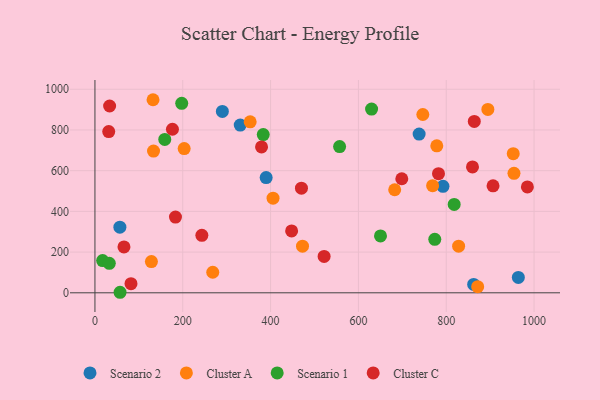
{"axis": {"x": "Speed", "y": "Fuel Efficiency"}, "legend": ["Cluster A", "Cluster C", "Scenario 1", "Scenario 2"], "data": [{"x": "738.3", "y": 779.9, "type": "Scenario 2"}, {"x": "792.6", "y": 523.0, "type": "Scenario 2"}, {"x": "389.9", "y": 566.3, "type": "Scenario 2"}, {"x": "290.2", "y": 890.9, "type": "Scenario 2"}, {"x": "862.5", "y": 41.0, "type": "Scenario 2"}, {"x": "964.2", "y": 75.5, "type": "Scenario 2"}, {"x": "56.8", "y": 322.5, "type": "Scenario 2"}, {"x": "330.9", "y": 824.0, "type": "Scenario 2"}, {"x": "128.6", "y": 153.5, "type": "Cluster A"}, {"x": "132.3", "y": 948.5, "type": "Cluster A"}, {"x": "952.6", "y": 683.7, "type": "Cluster A"}, {"x": "203.2", "y": 708.5, "type": "Cluster A"}, {"x": "828.2", "y": 228.9, "type": "Cluster A"}, {"x": "133.4", "y": 696.4, "type": "Cluster A"}, {"x": "871.6", "y": 29.9, "type": "Cluster A"}, {"x": "769.0", "y": 526.3, "type": "Cluster A"}, {"x": "405.6", "y": 465.1, "type": "Cluster A"}, {"x": "353.5", "y": 840.0, "type": "Cluster A"}, {"x": "746.7", "y": 875.8, "type": "Cluster A"}, {"x": "894.8", "y": 901.0, "type": "Cluster A"}, {"x": "954.3", "y": 586.9, "type": "Cluster A"}, {"x": "682.6", "y": 506.2, "type": "Cluster A"}, {"x": "778.5", "y": 722.0, "type": "Cluster A"}, {"x": "472.7", "y": 229.2, "type": "Cluster A"}, {"x": "268.3", "y": 100.9, "type": "Cluster A"}, {"x": "159.0", "y": 753.3, "type": "Scenario 1"}, {"x": "17.5", "y": 158.4, "type": "Scenario 1"}, {"x": "32.7", "y": 144.9, "type": "Scenario 1"}, {"x": "818.1", "y": 434.1, "type": "Scenario 1"}, {"x": "383.3", "y": 777.1, "type": "Scenario 1"}, {"x": "557.2", "y": 718.5, "type": "Scenario 1"}, {"x": "773.9", "y": 262.8, "type": "Scenario 1"}, {"x": "630.0", "y": 902.6, "type": "Scenario 1"}, {"x": "197.6", "y": 930.9, "type": "Scenario 1"}, {"x": "57.2", "y": 2.6, "type": "Scenario 1"}, {"x": "650.3", "y": 279.4, "type": "Scenario 1"}, {"x": "863.9", "y": 841.7, "type": "Cluster C"}, {"x": "521.9", "y": 178.5, "type": "Cluster C"}, {"x": "782.4", "y": 585.4, "type": "Cluster C"}, {"x": "33.4", "y": 917.6, "type": "Cluster C"}, {"x": "183.4", "y": 371.8, "type": "Cluster C"}, {"x": "470.3", "y": 514.2, "type": "Cluster C"}, {"x": "82.1", "y": 44.9, "type": "Cluster C"}, {"x": "984.8", "y": 520.3, "type": "Cluster C"}, {"x": "243.5", "y": 282.4, "type": "Cluster C"}, {"x": "906.6", "y": 525.5, "type": "Cluster C"}, {"x": "447.9", "y": 304.0, "type": "Cluster C"}, {"x": "698.8", "y": 560.2, "type": "Cluster C"}, {"x": "859.8", "y": 618.4, "type": "Cluster C"}, {"x": "176.5", "y": 803.4, "type": "Cluster C"}, {"x": "31.4", "y": 791.8, "type": "Cluster C"}, {"x": "66.1", "y": 225.4, "type": "Cluster C"}, {"x": "379.4", "y": 716.4, "type": "Cluster C"}]}